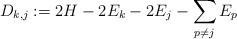
LaTeX: \begin{align*}D_{k,j}:=2H - 2E_k - 2E_j-\sum_{p\neq j} E_p\end{align*}